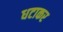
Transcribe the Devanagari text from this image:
धटाकर